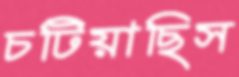
চটিয়াছিস